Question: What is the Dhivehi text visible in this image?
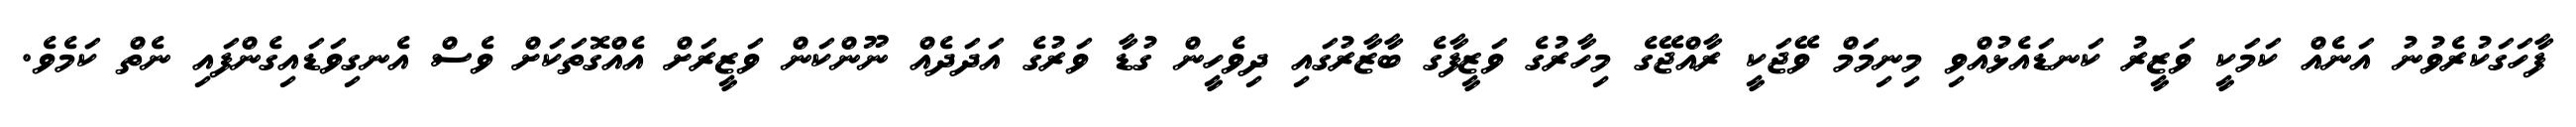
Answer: ފާހަގަކުރެވުނު އަނެއް ކަމަކީ ވަޒީރު ކަނޑައެޅުއްވި މިނިމަމް ވޭޖަކީ ރާއްޖޭގެ މިހާރުގެ ވަޒީފާގެ ބާޒާރުގައި ދިވެހީން ގުޑާ ވަރުގެ އަދަދެއް ނޫންކަން ވަޒީރަށް އެއްގޮތަކަށް ވެސް އެނގިވަޑައިގެންފައި ނެތް ކަމެވެ.